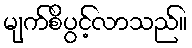
မျက်စိပွင့်လာသည်။